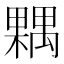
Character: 𣜢